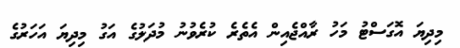
މިދިޔަ އޮގަސްޓު މަހު ރާއްޖެއިން އެތެރެ ކުރެވުނު މުދަލުގެ އަގު މިދިޔަ އަހަރުގެ